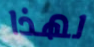
لهذا